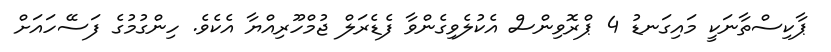
ޕާކިސްތާނަކީ މައިގަނޑު 4 ޕްރޮވިންސް އެކުލެވިގެންވާ ފެޑެރަލް ޖުމްހޫރިއްޔާ އެކެވެ. ހިންގުމުގެ ފަސޭހައަށް